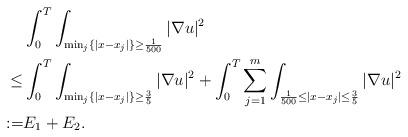
LaTeX: \begin{align*}\begin{aligned} &\int_{0}^{T}\int_{\min_{j}\{|x-x_{j}|\}\geq \frac{1}{500}} |\nabla u|^{2}\\\leq&\int_{0}^{T}\int_{\min_{j}\{|x-x_{j}|\}\geq \frac{3}{5}}|\nabla u|^{2}+\int_{0}^{T}\sum_{j=1}^{m}\int_{ \frac{1}{500}\leq |x-x_{j}|\leq \frac{3}{5}} |\nabla u|^{2}\\:=&E_{1}+E_{2}.\end{aligned}\end{align*}